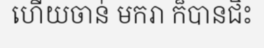
ហើយចាន់ មករា ក៏បានជិះ